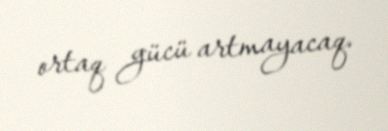
ortaq gücü artmayacaq.